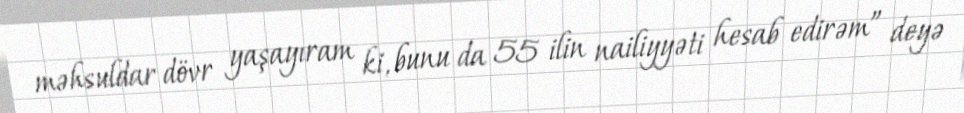
məhsuldar dövr yaşayıram ki, bunu da 55 ilin nailiyyəti hesab edirəm” deyə